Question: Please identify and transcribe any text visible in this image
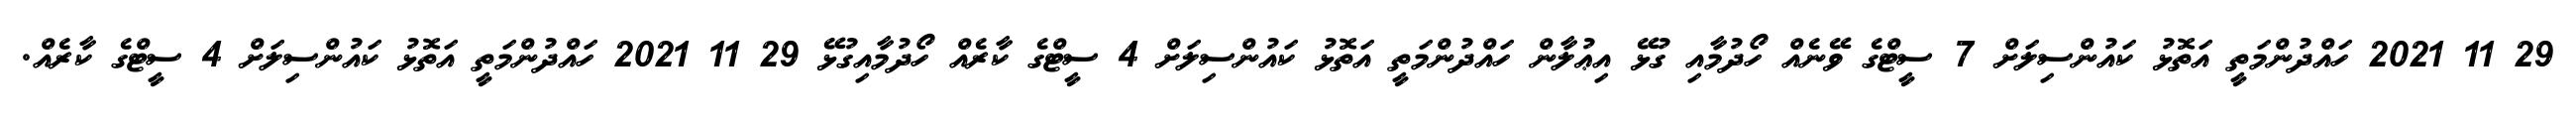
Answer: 29 11 2021 ހައްދުންމަތީ އަތޮޅު ކައުންސިލަށް 7 ސީޓްގެ ވޭނެއް ހޯދުމާއި ގުޅޭ އިޢުލާން ހައްދުންމަތީ އަތޮޅު ކައުންސިލަށް 4 ސީޓްގެ ކާރެއް ހޯދުމާއިގުޅޭ 29 11 2021 ހައްދުންމަތީ އަތޮޅު ކައުންސިލަށް 4 ސީޓްގެ ކާރެއް.